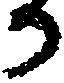
か